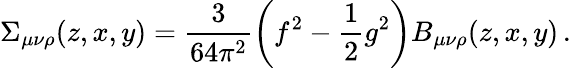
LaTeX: \Sigma_{\mu\nu\rho}(z,x,y)=\frac{3}{64\pi^{2}}\left(f^{2}-\frac{1}{2}g^{2}\right)B_{\mu\nu\rho}(z,x,y)\, .